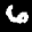
Label: 6